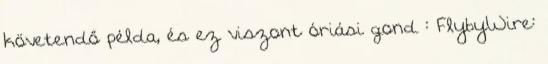
követendő példa, és ez viszont óriási gond : FlybyWire: